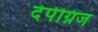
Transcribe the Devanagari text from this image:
देपेग्निज